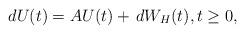
LaTeX: \begin{align*} dU(t) = AU(t) + \,dW_H(t), t\ge 0,\end{align*}